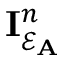
\mathbf { I } _ { \mathcal { E } _ { \mathbf { A } } } ^ { n }